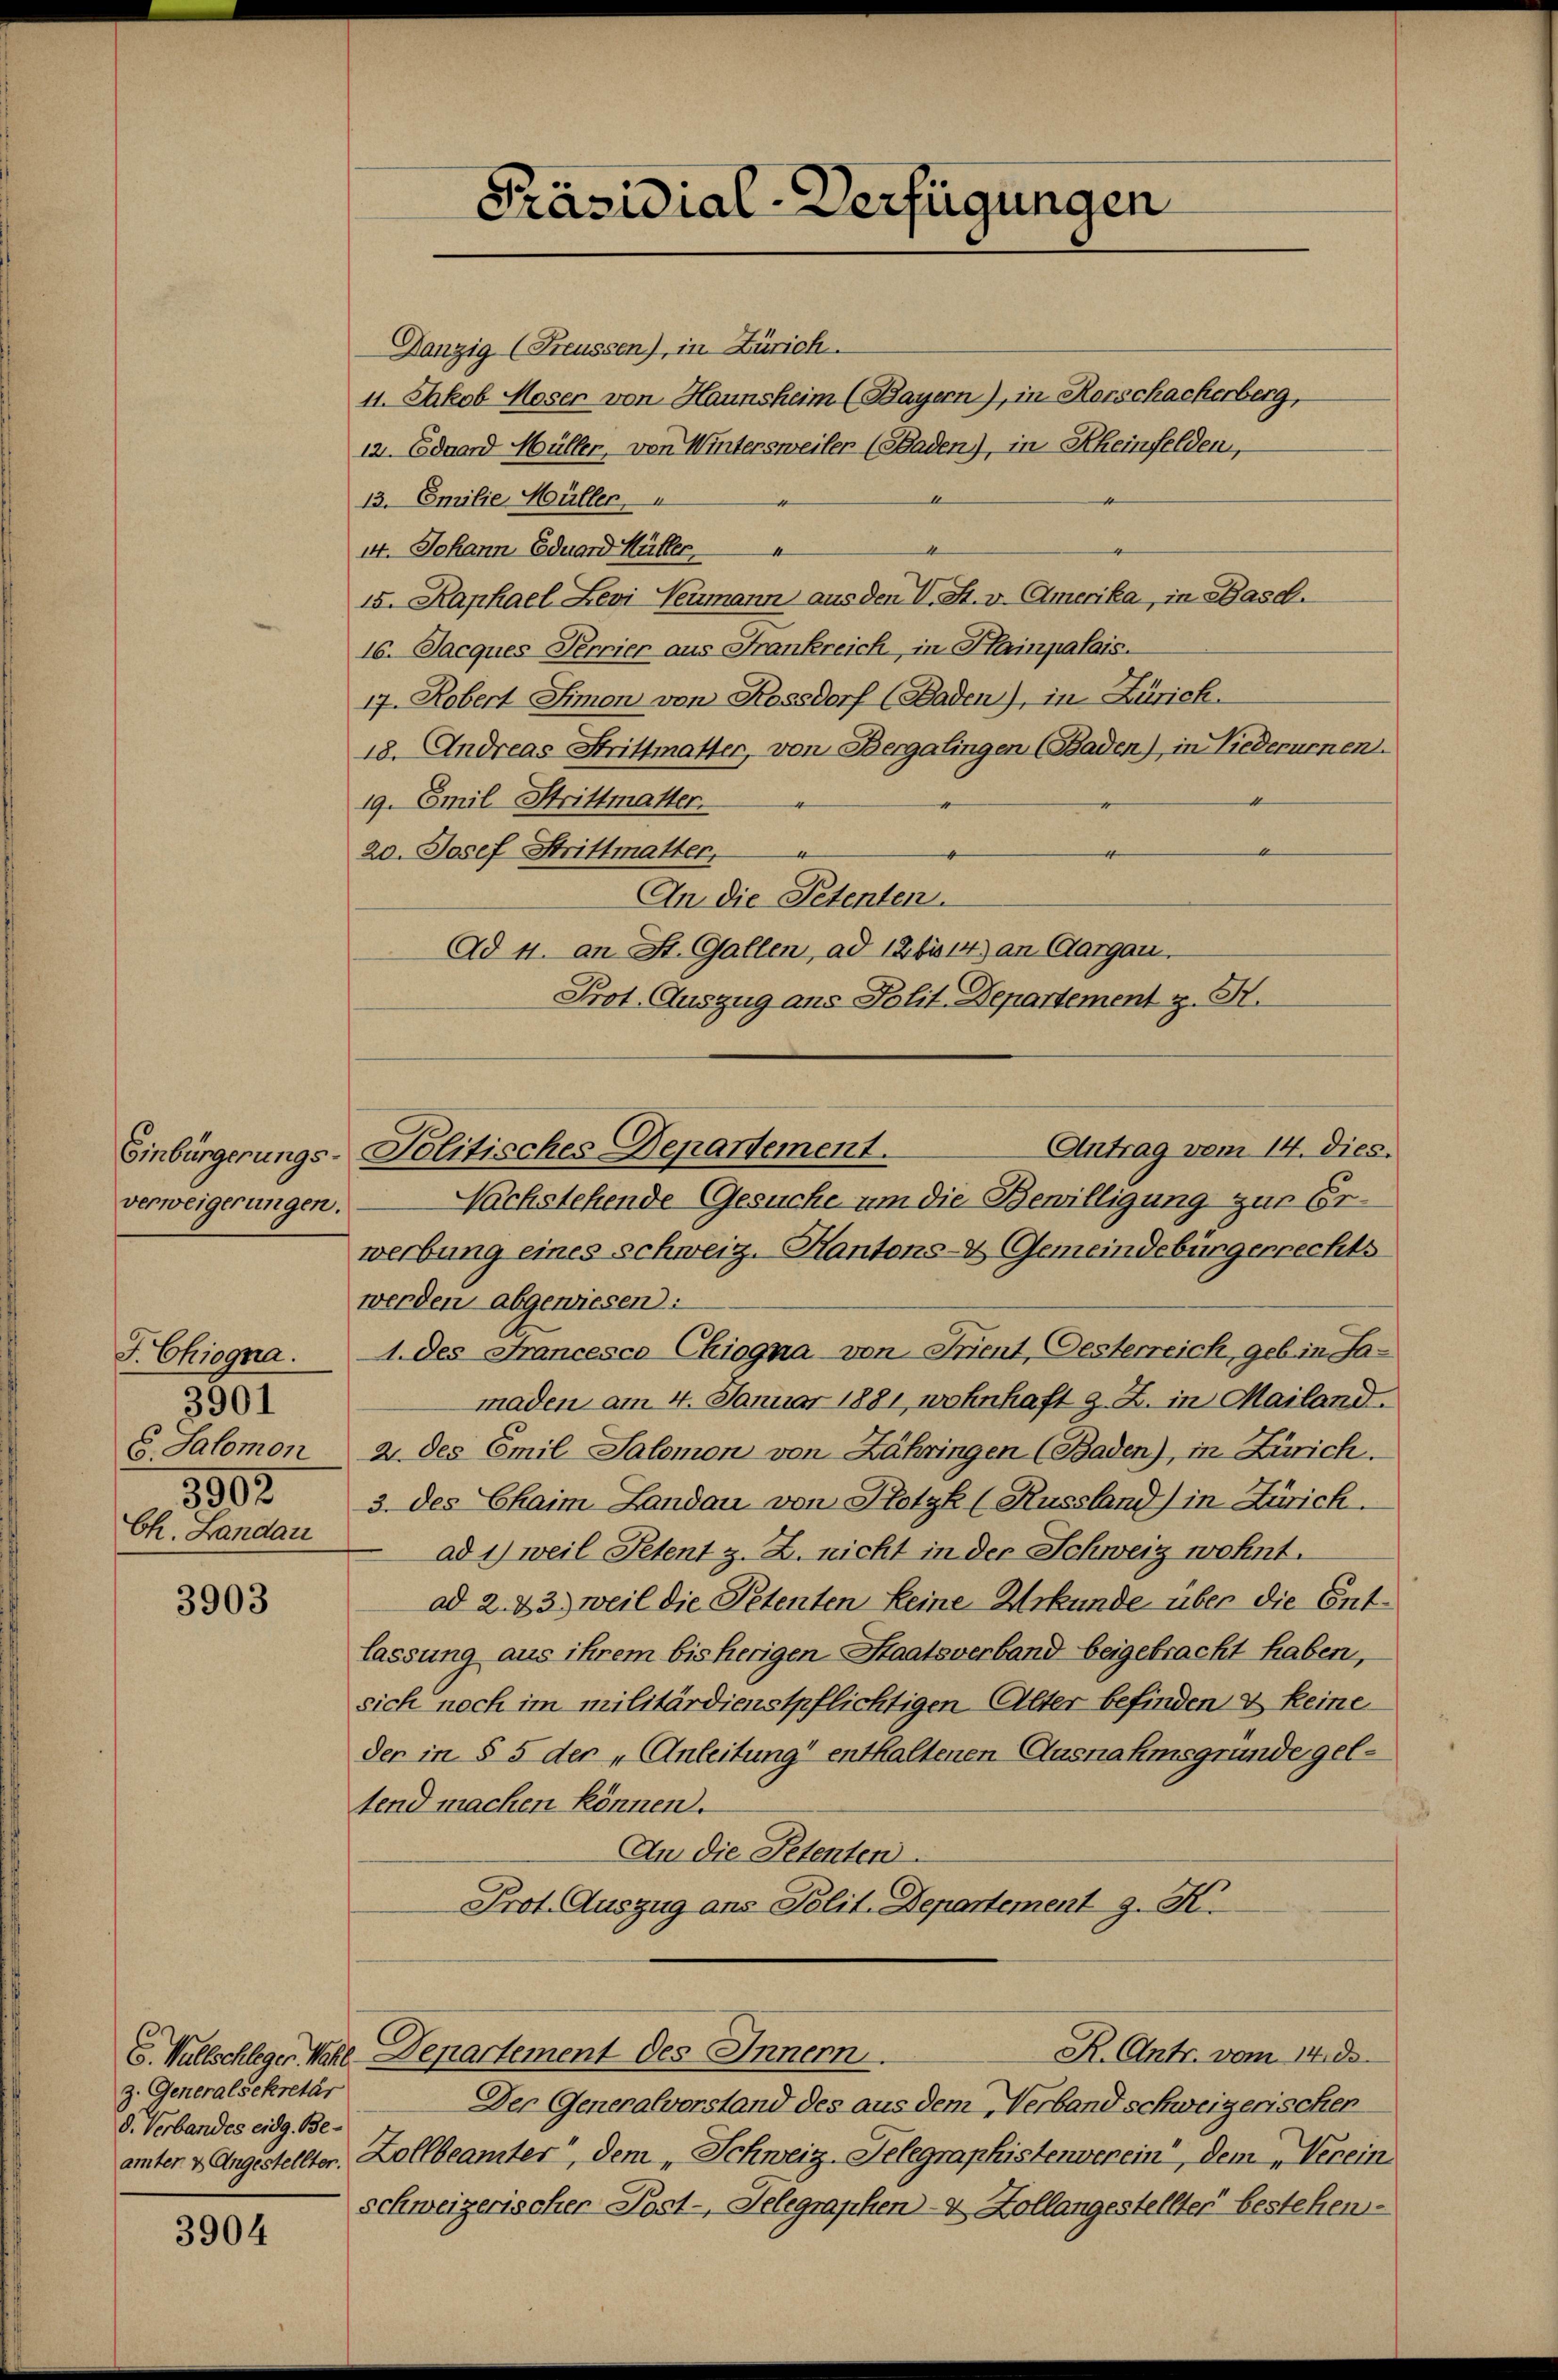
Einbürgerungs-
verweigerungen.

J. Chiogna.
C. Salomon
3903
Ch. Landau

3901

3903

z. Generalsekretär
d. Verbandes eidg. Be¬

3904

Präsidial-Verfügungen

Danzig (Freussen), in Zürich.
4. Jakob Moser von Haunsheim (Bayern), in Kerschackerberg,
12. Eduard Müller, von Wintersweiler (Saden), in Rheinfelden,
13. Emilie Müller,
4t. Johann Eduard Hüller,
15. Kaphael Levi Neumann aus den V. St. v. Amerika, in Basch.
16. Jacques Terrier aus Frankreich, in Hainpalais.
17. Robert Simon von Kossdorf (Baden), in Zürich.
18. Andreas Strittmatter, von Bergalingen (Baden), in Liederurnen.
19. Emil Strittmatter.
20. Josef Strittmatter,
An die Petenten.
Ad 4. an St. Gallen, ad 12 bis 14) an Aargau.
Prot. Auszug ans Polit. Departement z. H.

Nachstehende Gesuche um die Bewilligung zur Erwerbung eines Schweiz. Kantons- & Gemeindebürgerrechts
werden abgewiesen:
1. des Francesco Chiogna - von Trient, Gesterreich, geb. in Samaden am 4. Januar 1881, wohnhaft z. Z. in Mailand.
2. des Emil Salomon von Zähringen (Baden), in Zürich.
3. des Chaim Landau von Hotzk (Russland) in Zürich
ad 1) weil Petent z. Z. nicht in der Schweiz wohnt.
ad 2. 43) weil die Petenten Leine Urkunde über die Ent-
lassung aus ihrem bisherigen Staatsverband beigebracht haben,
sich noch im militärdienstpflichtigen Alter befinden & keine
der in § 5 der „Anleitung enthaltenen Ausnahmsgründe geltend machen können.
An die Petenten.
Prot. Auszug ans Polit. Departement z. K.

Antrag vom 14. dies.
Politisches Departement.

E. Wallschleger Wahl. Departement des Innern.

R. Antr. vom 14. de

Der Generalvorstand des aus dem Verband schweizerischen
ämter & Angestellter. Zollbeamter“, dem „Schweiz. Telegraphistenverein, dem „Verein
schweizerischer Post-Telegraphen- & Zollangestellter bestehen¬